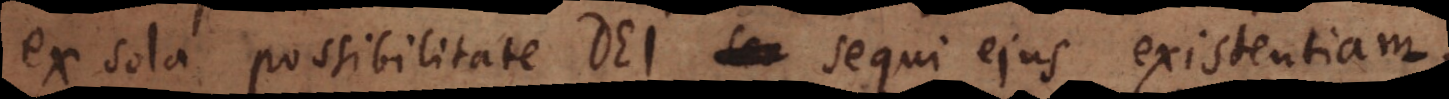
ex sola possibilitate Dei sequi ejus existentiam,